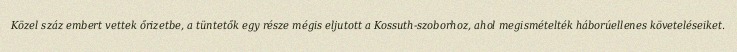
Közel száz embert vettek őrizetbe, a tüntetők egy része mégis eljutott a Kossuth-szoborhoz, ahol megismételték háborúellenes követeléseiket.